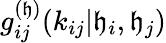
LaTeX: g_{ij}^{(\mathfrak{h})}(k_{ij}|\mathfrak{h}_{i},\mathfrak{h}_{j})